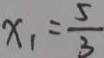
x _ { 1 } = \frac { 5 } { 3 }